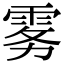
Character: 雾